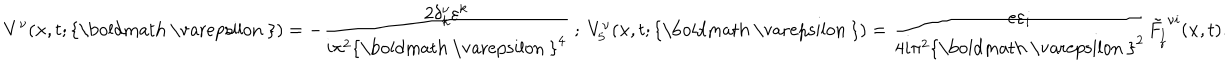
LaTeX: V ^ { \nu } ( { \bf x } , t ; \mathrm { { \boldmath ~ \ v a r e p s i l o n ~ } } ) = - \frac { 2 \delta _ { k } ^ { \nu } \varepsilon ^ { k } } { i \pi ^ { 2 } { \mathrm { { \boldmath ~ \ v a r e p s i l o n ~ } } } ^ { 4 } } \ ; \ V _ { 5 } ^ { \nu } ( { \bf x } , t ; \mathrm { { \boldmath ~ \ v a r e p s i l o n ~ } } ) = \frac { e \varepsilon _ { i } } { 4 i \pi ^ { 2 } { \mathrm { { \boldmath ~ \ v a r e p s i l o n ~ } } } ^ { 2 } } { \tilde { F _ { \stackrel { { \scriptstyle { l } } } { { \scriptstyle { r } } } } } } ^ { \nu i } ( { \bf x } , t ) .